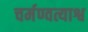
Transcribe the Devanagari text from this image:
चर्मण्वत्याश्व